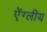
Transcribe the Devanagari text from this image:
ऐंग्लीय